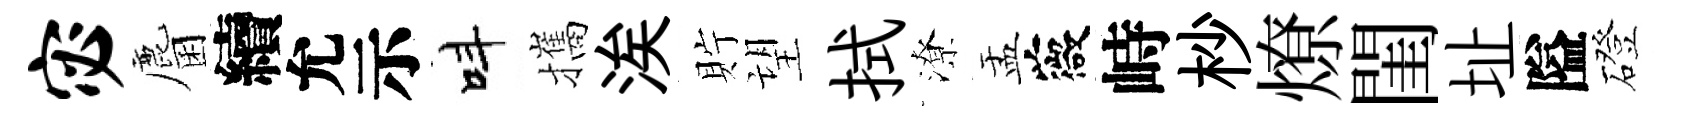
宓麕續允示呌攜涘貯望拭潦盂薇峙杪燎閨址隘磴